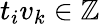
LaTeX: t_{i}v_{k}\in\mathbb{Z}